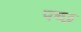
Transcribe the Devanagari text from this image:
पच्‍छ